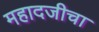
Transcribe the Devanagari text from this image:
महादजीचा